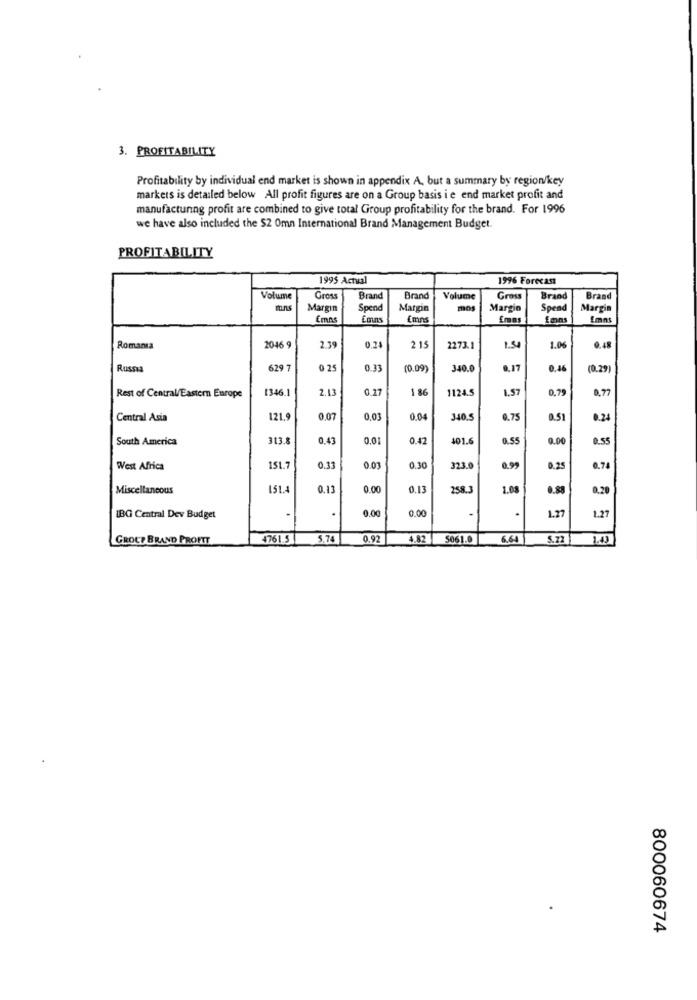
3. PROFITABILITY
Profitability by individual end market is shown in appendix A, but a summary by region/key
markets is detailed below All profit figures are on a Group basis i e end market profit and
manufacturing profit are combined to give total Group profitability for the brand. For 1996
we have also included the $2 0mn International Brand Management Budget.
PROFITABILITY
1995 Actual
1996 Forecast
Volume
Gros
Brand
Brand
Volume
Gross
Brand
Brand
Margin
Spend
Margin
mos
Margin
Spend
Margin
Emns
(mns
Emas
Imns
Romania
2046 9
2.39
0.24
2 15
2273.1
1.50
1.06
0.48
Russia
629 7
0 25
0.33
(0.09)
340.0
8,17
0.46
(0.29)
1346.1
2.13
0.17
1 86
1124.5
1.57
0,7
0,77
Rest of Central/Eastern Europe
Central Asia
121.9
0.07
0.03
0.04
340.5
0.75
0.51
0.24
South America
313.8
0,43
0.01
0.42
401.6
0.55
0.00
0.55
West Africa
151.7
0.33
0.03
0.30
323.0
0.99
0,25
0.74
Miscellaneous
151.
0.13
0.00
0.13
258.3
1.08
0.20
0.00
1.27
IBG Central Dev Budget
.
0.00
.
1.27
GROUP BRAND PROFTT
4761.5
5.74
0.92
4.82
5061.0
6.64
5.72 1.43
800060674